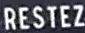
RESTEZ